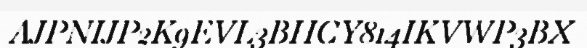
AJPNIJP2K9EVL3BHCY814IKVWP3BX